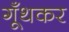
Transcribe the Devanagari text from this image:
गूँथकर